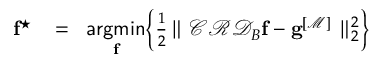
\begin{array} { r l r } { \mathbf { f } ^ { \star } \! } & { { } = } & { \! \underset { \mathbf { f } } { \mathsf { a r g m i n } } \! \left\{ \frac { 1 } { 2 } \! \parallel \mathcal { C } \mathcal { R } \mathcal { D } _ { B } { \mathbf { f } } - \mathbf { g } ^ { [ \mathcal { M } ] } \parallel _ { 2 } ^ { 2 } \right\} } \end{array}